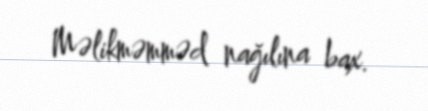
Məlikməmməd nağılına bax.